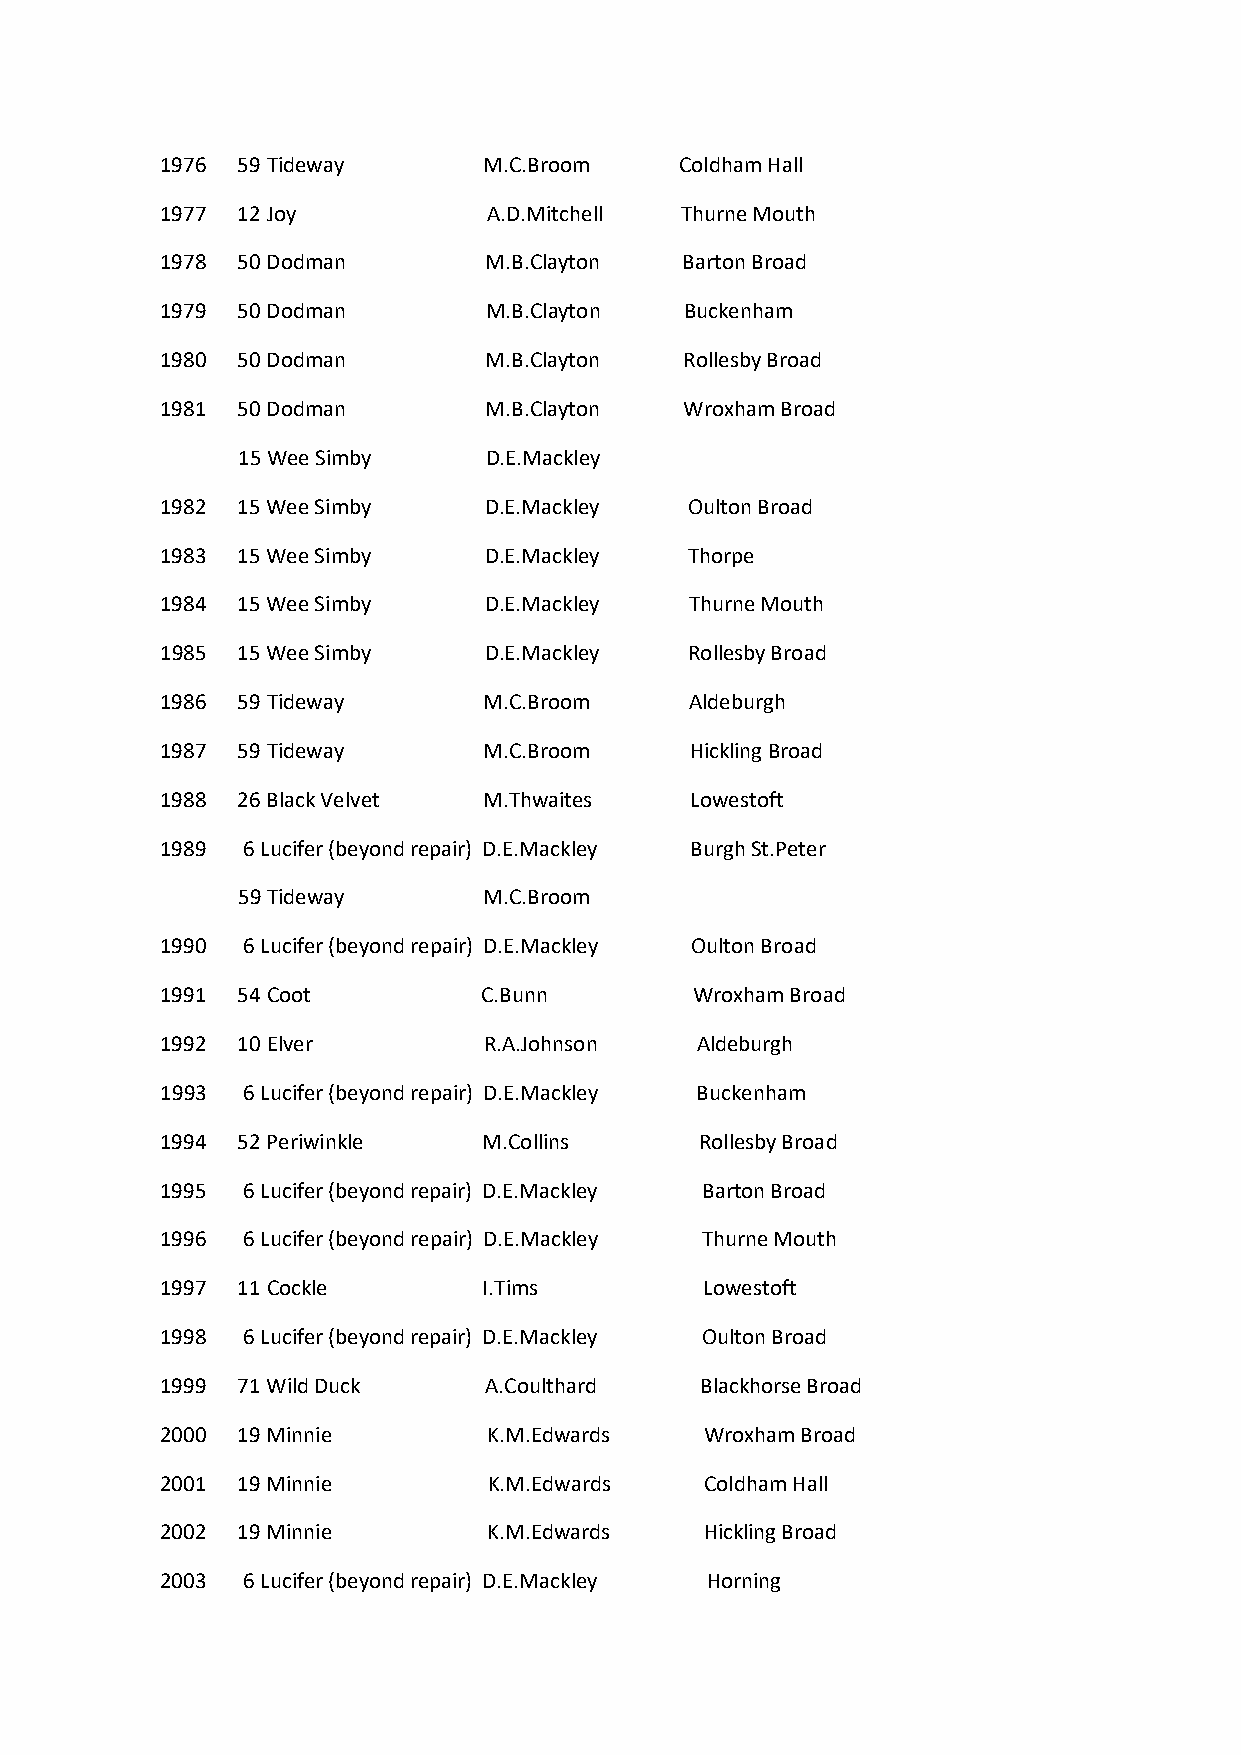
1976 59 Tideway      M.C.Broom    Coldham Hall
 1977 12 Joy          A.D.Mitchell Thurne Mouth
 1978 50 Dodman       M.B.Clayton  Barton Broad
 1979 50 Dodman       M.B.Clayton  Buckenham
 1980 50 Dodman       M.B.Clayton  Rollesby Broad
 1981 50 Dodman       M.B.Clayton  Wroxham Broad
 15 Wee Simby    D.E.Mackley
 1982 15 Wee Simby    D.E.Mackley   Oulton Broad
 1983 15 Wee Simby    D.E.Mackley   Thorpe
 1984 15 Wee Simby    D.E.Mackley   Thurne Mouth
 1985 15 Wee Simby    D.E.Mackley   Rollesby Broad
 1986 59 Tideway      M.C.Broom     Aldeburgh
 1987 59 Tideway      M.C.Broom     Hickling Broad
 1988 26 Black Velvet M.Thwaites    Lowestoft
 1989 6 Lucifer (beyond repair) D.E.Mackley Burgh St.Peter
 59 Tideway      M.C.Broom
 1990 6 Lucifer (beyond repair) D.E.Mackley Oulton Broad
 1991 54 Coot         C.Bunn        Wroxham Broad
 1992 10 Elver        R.A.Johnson   Aldeburgh
 1993 6 Lucifer (beyond repair) D.E.Mackley Buckenham
 1994 52 Periwinkle   M.Collins     Rollesby Broad
 1995 6 Lucifer (beyond repair) D.E.Mackley Barton Broad
 1996 6 Lucifer (beyond repair) D.E.Mackley Thurne Mouth
 1997 11 Cockle       I.Tims         Lowestoft
 1998 6 Lucifer (beyond repair) D.E.Mackley Oulton Broad
 1999 71 Wild Duck    A.Coulthard   Blackhorse Broad
 2000 19 Minnie       K.M.Edwards    Wroxham Broad
 2001 19 Minnie       K.M.Edwards    Coldham Hall
 2002 19 Minnie       K.M.Edwards    Hickling Broad
 2003 6 Lucifer (beyond repair) D.E.Mackley Horning